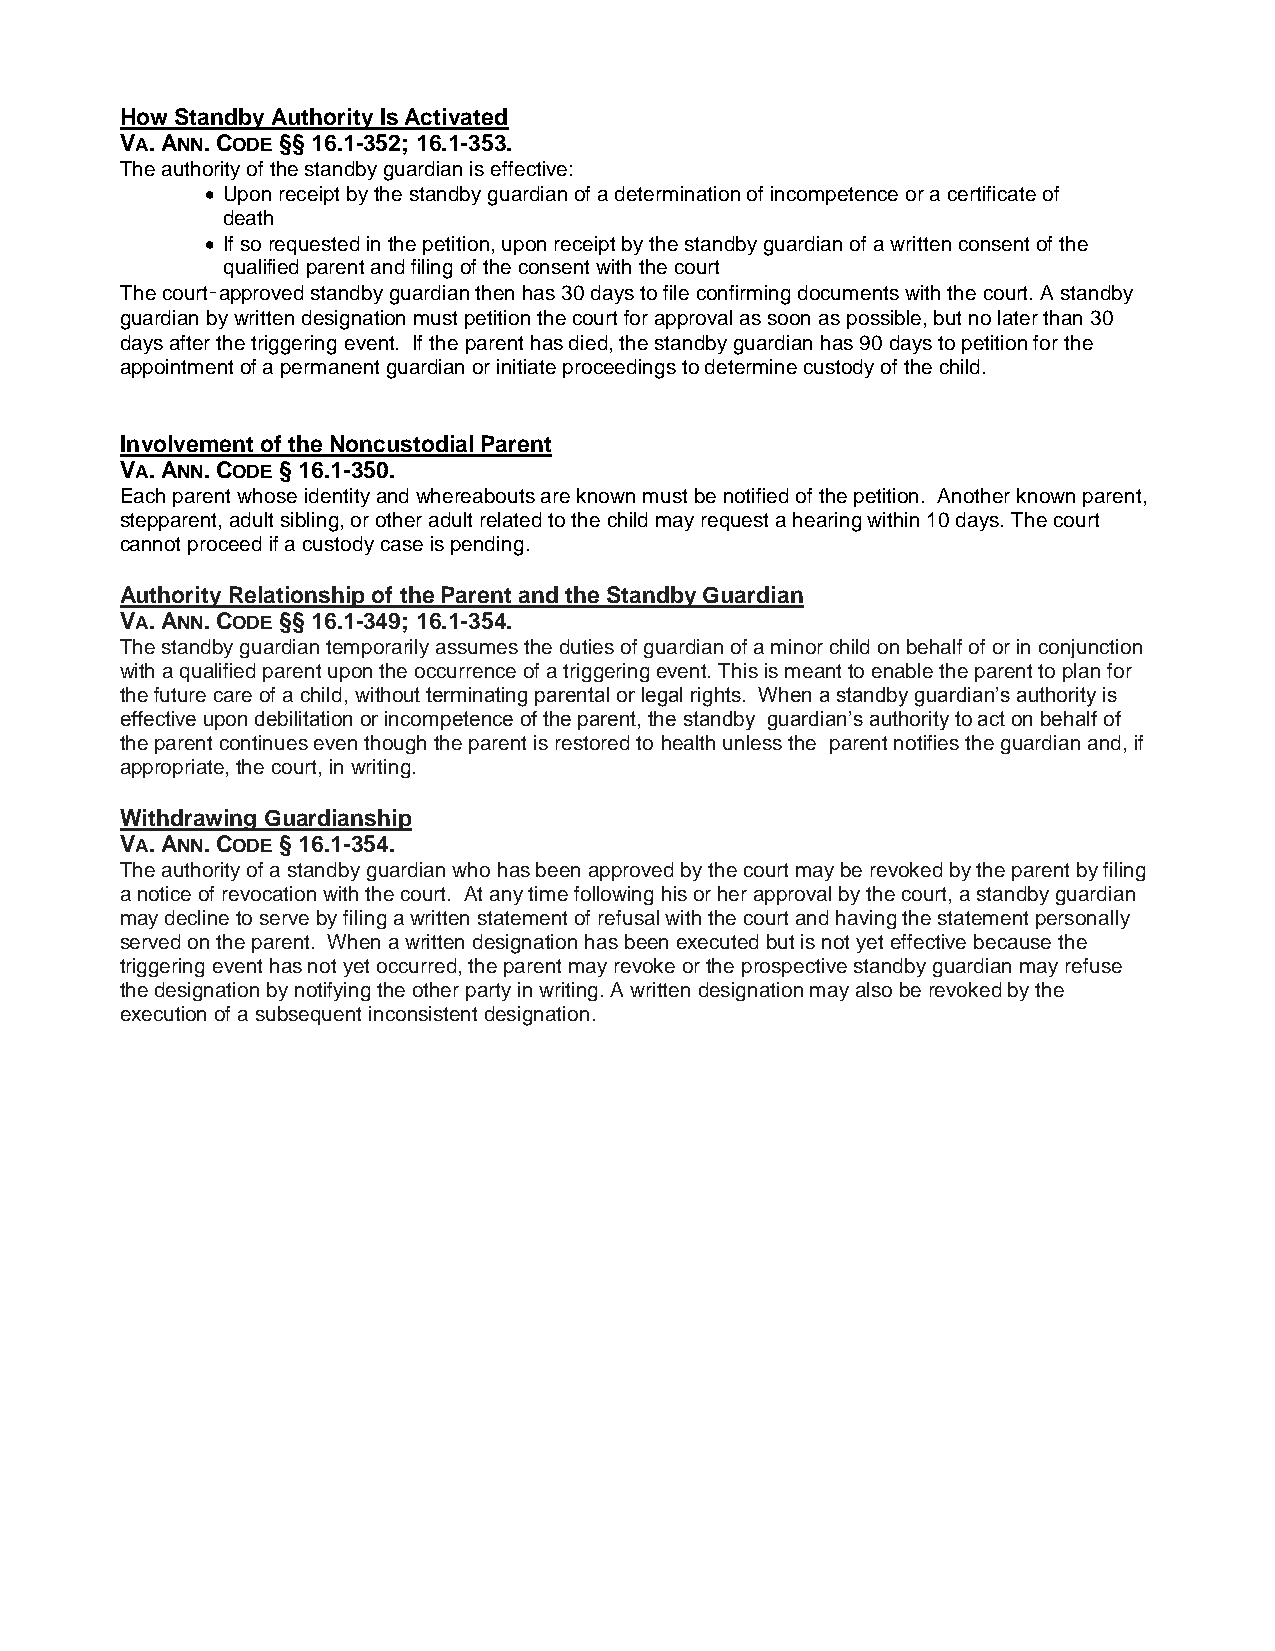
How Standby Authority Is Activated
 VA. ANN. CODE §§ 16.1-352; 16.1-353.
 The authority of the standby guardian is effective:
  Upon receipt by the standby guardian of a determination of incompetence or a certificate of
 death
  If so requested in the petition, upon receipt by the standby guardian of a written consent of the
 qualified parent and filing of the consent with the court
 The court‑approved standby guardian then has 30 days to file confirming documents with the court. A standby
 guardian by written designation must petition the court for approval as soon as possible, but no later than 30
 days after the triggering event. If the parent has died, the standby guardian has 90 days to petition for the
 appointment of a permanent guardian or initiate proceedings to determine custody of the child.
 Involvement of the Noncustodial Parent
 VA. ANN. CODE § 16.1-350.
 Each parent whose identity and whereabouts are known must be notified of the petition. Another known parent,
 stepparent, adult sibling, or other adult related to the child may request a hearing within 10 days. The court
 cannot proceed if a custody case is pending.
 Authority Relationship of the Parent and the Standby Guardian
 VA. ANN. CODE §§ 16.1-349; 16.1-354.
 The standby guardian temporarily assumes the duties of guardian of a minor child on behalf of or in conjunction
 with a qualified parent upon the occurrence of a triggering event. This is meant to enable the parent to plan for
 the future care of a child, without terminating parental or legal rights. When a standby guardian’s authority is
 effective upon debilitation or incompetence of the parent, the standby guardian’s authority to act on behalf of
 the parent continues even though the parent is restored to health unless the parent notifies the guardian and, if
 appropriate, the court, in writing.
 Withdrawing Guardianship
 VA. ANN. CODE § 16.1-354.
 The authority of a standby guardian who has been approved by the court may be revoked by the parent by filing
 a notice of revocation with the court. At any time following his or her approval by the court, a standby guardian
 may decline to serve by filing a written statement of refusal with the court and having the statement personally
 served on the parent. When a written designation has been executed but is not yet effective because the
 triggering event has not yet occurred, the parent may revoke or the prospective standby guardian may refuse
 the designation by notifying the other party in writing. A written designation may also be revoked by the
 execution of a subsequent inconsistent designation.